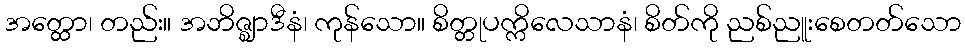
အတ္ထော၊ တည်း။ အဘိဇ္ဈာဒီနံ၊ ကုန်သော။ စိတ္တုပက္ကိလေသာနံ၊ စိတ်ကို ညစ်ညူးစေတတ်သော